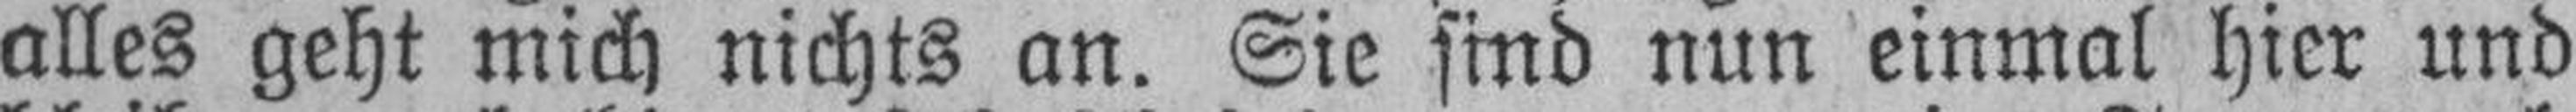
alles geht mich nichts an. Sie sind nun einmal hier und